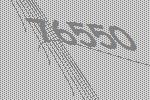
76550